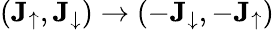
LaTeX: (\mathbf{J}_{\uparrow},\mathbf{J}_{\downarrow})\rightarrow(-\mathbf{J}_{\downarrow},-\mathbf{J}_{\uparrow})